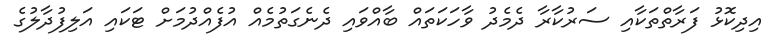
އިދިކޮޅު ފަރާތްތަކާއި ސަރުކާރާ ދެމެދު ވާހަކަތައް ބާއްވައި ދެނެގަތުމެއް އުފެއްދުމަށް ޓަކައި އަލިފުދާލުގެ